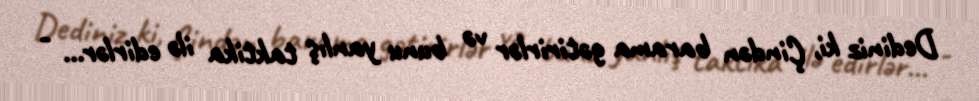
Dediniz ki, Çindən barama gətirirlər və bunu yanlış taktika ilə edirlər... -